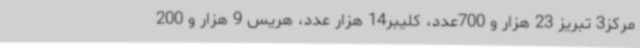
مرکز3 تبریز 23 هزار و 700عدد، کلیبر14 هزار عدد، هریس 9 هزار و 200